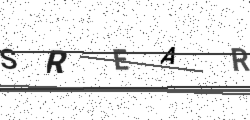
Text: SREAR